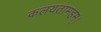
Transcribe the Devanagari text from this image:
कलयतामहम्।